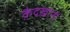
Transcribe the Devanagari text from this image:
क़ैदख़ानों